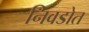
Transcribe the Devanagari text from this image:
निवडोत